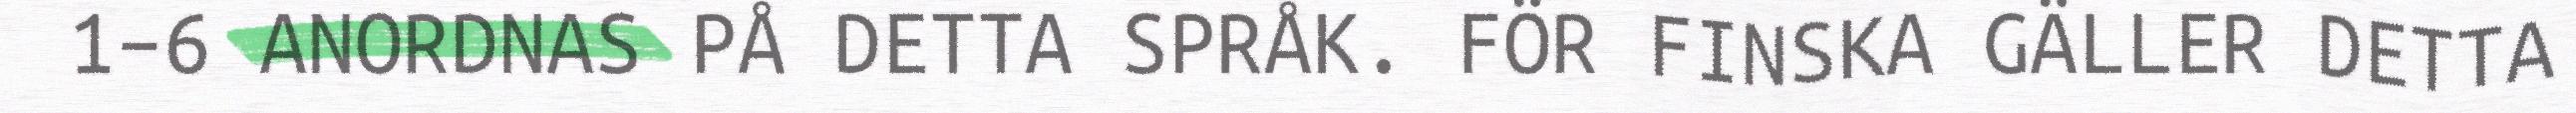
1–6 ANORDNAS PÅ DETTA SPRÅK. FÖR FINSKA GÄLLER DETTA